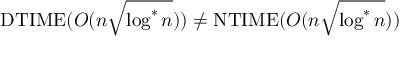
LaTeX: \mathrm { D T I M E } ( O ( n { \sqrt { \log ^ { * } n } } ) ) \neq \mathrm { N T I M E } ( O ( n { \sqrt { \log ^ { * } n } } ) )